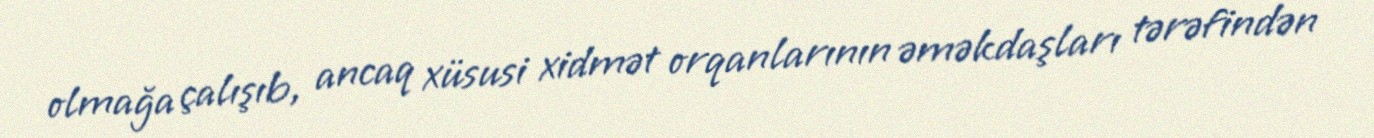
olmağa çalışıb, ancaq xüsusi xidmət orqanlarının əməkdaşları tərəfindən